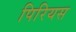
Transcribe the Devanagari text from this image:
पिरियस